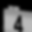
Digit: 4